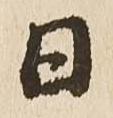
日